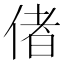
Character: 偖